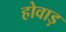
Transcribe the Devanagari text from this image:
होवाड़